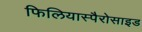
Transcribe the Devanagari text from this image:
फिलियास्पैरोसाइड